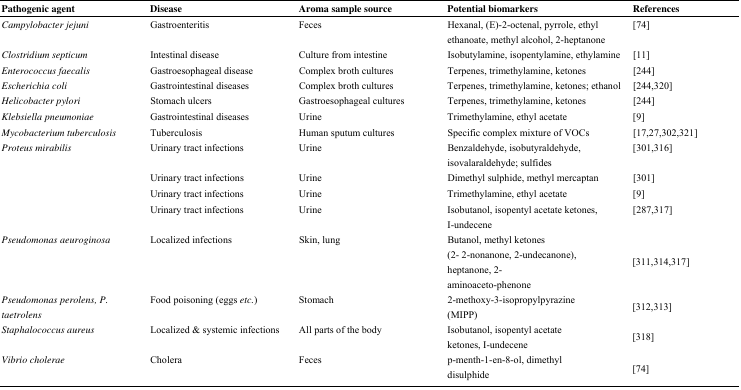
| Pathogenic agent | Disease | Aroma sample source | Potential biomarkers | References |
 | --- | --- | --- | --- | --- |
 | Campylobacter jejuni | Gastroenteritis | Feces | Hexanal, (E)-2-octenal, pyrrole, ethyl ethanoate, methyl alcohol, 2-heptanone | [74] |
 | Clostridium septicum | Intestinal disease | Culture from intestine | Isobutylamine, isopentylamine, ethylamine | [11] |
 | Enterococcus faecalis | Gastroesophageal disease | Complex broth cultures | Terpenes, trimethylamine, ketones | [244] |
 | Escherichia coli | Gastrointestinal diseases | Complex broth cultures | Terpenes, trimethylamine, ketones; ethanol | [244,320] |
 | Helicobacter pylori | Stomach ulcers | Gastroesophageal cultures | Terpenes, trimethylamine, ketones | [244] |
 | Klebsiella pneumoniae | Gastrointestinal diseases | Urine | Trimethylamine, ethyl acetate | [9] |
 | Mycobacterium tuberculosis | Tuberculosis | Human sputum cultures | Specific complex mixture of VOCs | [17,27,302,321] |
 | <ROWSPAN=4> Proteus mirabilis | Urinary tract infections | Urine | Benzaldehyde, isobutyraldehyde, isovalaraldehyde; sulfides | [301,316] |
 | Urinary tract infections | Urine | Dimethyl sulphide, methyl mercaptan | [301] |
 | Urinary tract infections | Urine | Trimethylamine, ethyl acetate | [9] |
 | Urinary tract infections | Urine | Isobutanol, isopentyl acetate ketones, I-undecene | [287,317] |
 | Pseudomonas aeuroginosa | Localized infections | Skin, lung | Butanol, methyl ketones (2- 2-nonanone, 2-undecanone), heptanone, 2-aminoaceto-phenone | [311,314,317] |
 | Pseudomonas perolens, P. taetrolens | Food poisoning (eggs etc.) | Stomach | 2-methoxy-3-isopropylpyrazine (MIPP) | [312,313] |
 | Staphalococcus aureus | Localized & systemic infections | All parts of the body | Isobutanol, isopentyl acetate ketones, I-undecene | [318] |
 | Vibrio cholerae | Cholera | Feces | p-menth-1-en-8-ol, dimethyl disulphide | [74] |